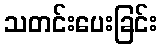
သတင်းပေးခြင်း